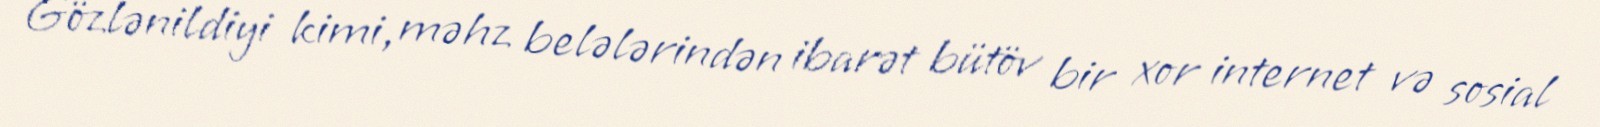
Gözlənildiyi kimi, məhz belələrindən ibarət bütöv bir xor internet və sosial